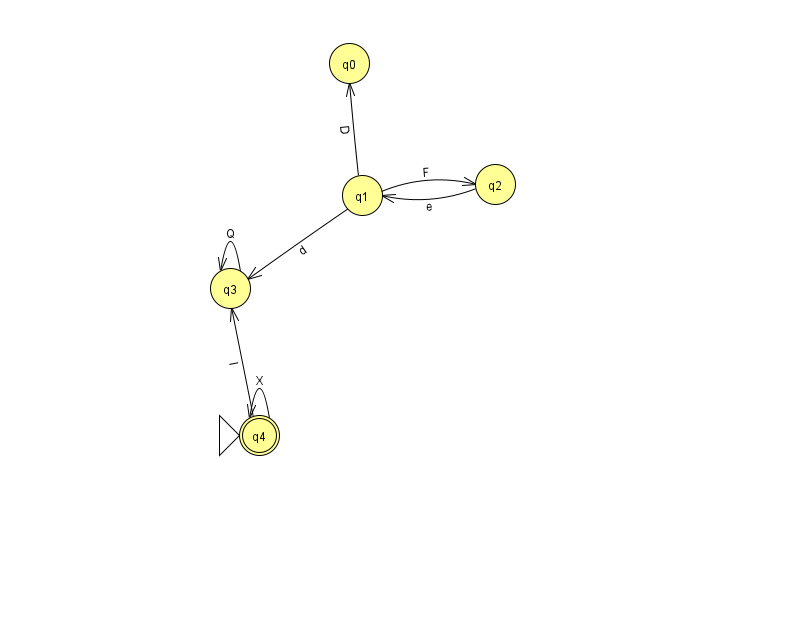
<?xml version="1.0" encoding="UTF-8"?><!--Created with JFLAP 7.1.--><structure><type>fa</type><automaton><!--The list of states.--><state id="0" name="q0"><x>349.0</x><y>50.0</y></state><state id="1" name="q1"><x>362.0</x><y>182.0</y></state><state id="2" name="q2"><x>495.0</x><y>171.0</y></state><state id="3" name="q3"><x>230.0</x><y>275.0</y></state><state id="4" name="q4"><x>259.0</x><y>422.0</y><initial/><final/></state><!--The list of transitions.--><transition><from>3</from><to>3</to><read>Q</read></transition><transition><from>1</from><to>3</to><read>d</read></transition><transition><from>4</from><to>4</to><read>X</read></transition><transition><from>1</from><to>0</to><read>D</read></transition><transition><from>1</from><to>2</to><read>F</read></transition><transition><from>2</from><to>1</to><read>e</read></transition><transition><from>4</from><to>3</to><read>l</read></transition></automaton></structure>